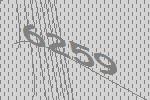
6259